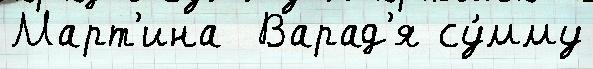
Март'ина  Варад'я су́мму